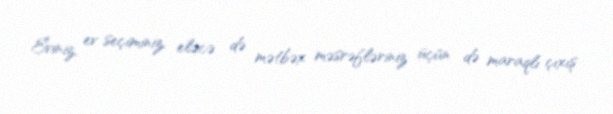
Eviniz, ev seçiminiz, eləcə də mətbəx məsrəfləriniz üçün də maraqlı çıxış